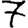
Digit: 7